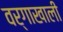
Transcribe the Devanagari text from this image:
वर्गाखाली